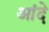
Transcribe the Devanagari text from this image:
आंदे